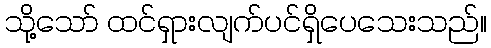
သို့သော် ထင်ရှားလျက်ပင်ရှိပေသေးသည်။